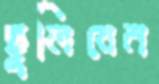
ছুলিবেন